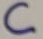
Text: C